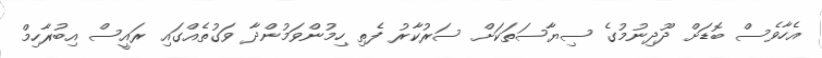
އެހާވެސް ބޮޑަށް ދޫދިނުމުގެ ސިޔާސަތަކަށް ސަރުކާރު ފެތި ހިމުންވަމުންދާ ވަގުތެއްގައި ރައީސް އިބުރާހިމް